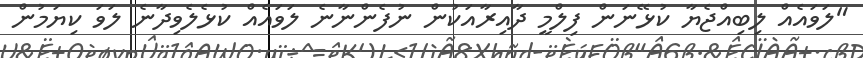
"ލަވައެއް ލިބިއްޖެޔާ ކުޅޭނަން ފިލްމީ ދާއިރާއަކުން ނުފެންނާނެ ލަވައެއް ކުޅެލެވިދާނެ ލަވަ ކިޔަމުން